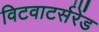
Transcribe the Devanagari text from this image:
विटवाटर्सरेंड